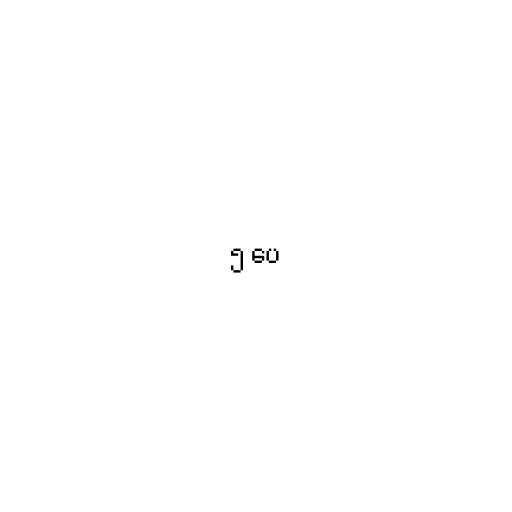
၅ ပေ